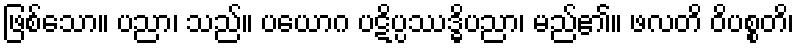
ဖြစ်သော။ ပညာ၊ သည်။ ပယောဂ ပဋိပ္ပဿဒ္ဓိပညာ၊ မည်၏။ ဖလတိ ဝိပစ္စတိ၊